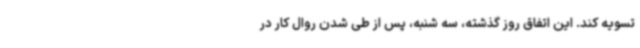
تسویه کند. این اتفاق روز گذشته، سه شنبه، پس از طی شدن روال کار در